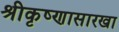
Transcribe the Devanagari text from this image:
श्रीकृष्णासारखा